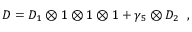
D = D _ { 1 } \otimes 1 \otimes 1 \otimes 1 + \gamma _ { 5 } \otimes D _ { 2 } \; \; ,